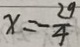
x = - \frac { 2 9 } { 4 }